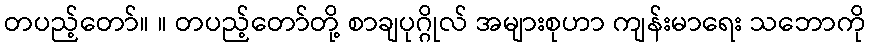
တပည့်တော်။ ။ တပည့်တော်တို့ စာချပုဂ္ဂိုလ် အများစုဟာ ကျန်းမာရေး သဘောကို